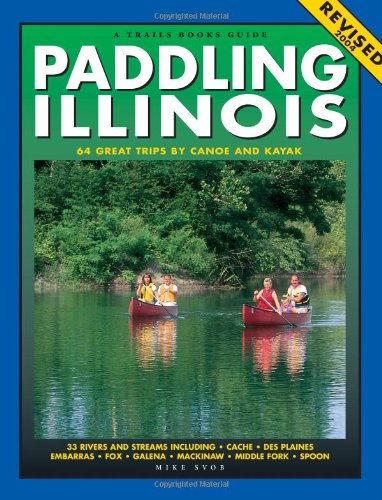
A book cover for Paddling Illinois: 64 Great Trips by Canoe and Kayak (Trails Books Guide); Mike Svob; Travel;